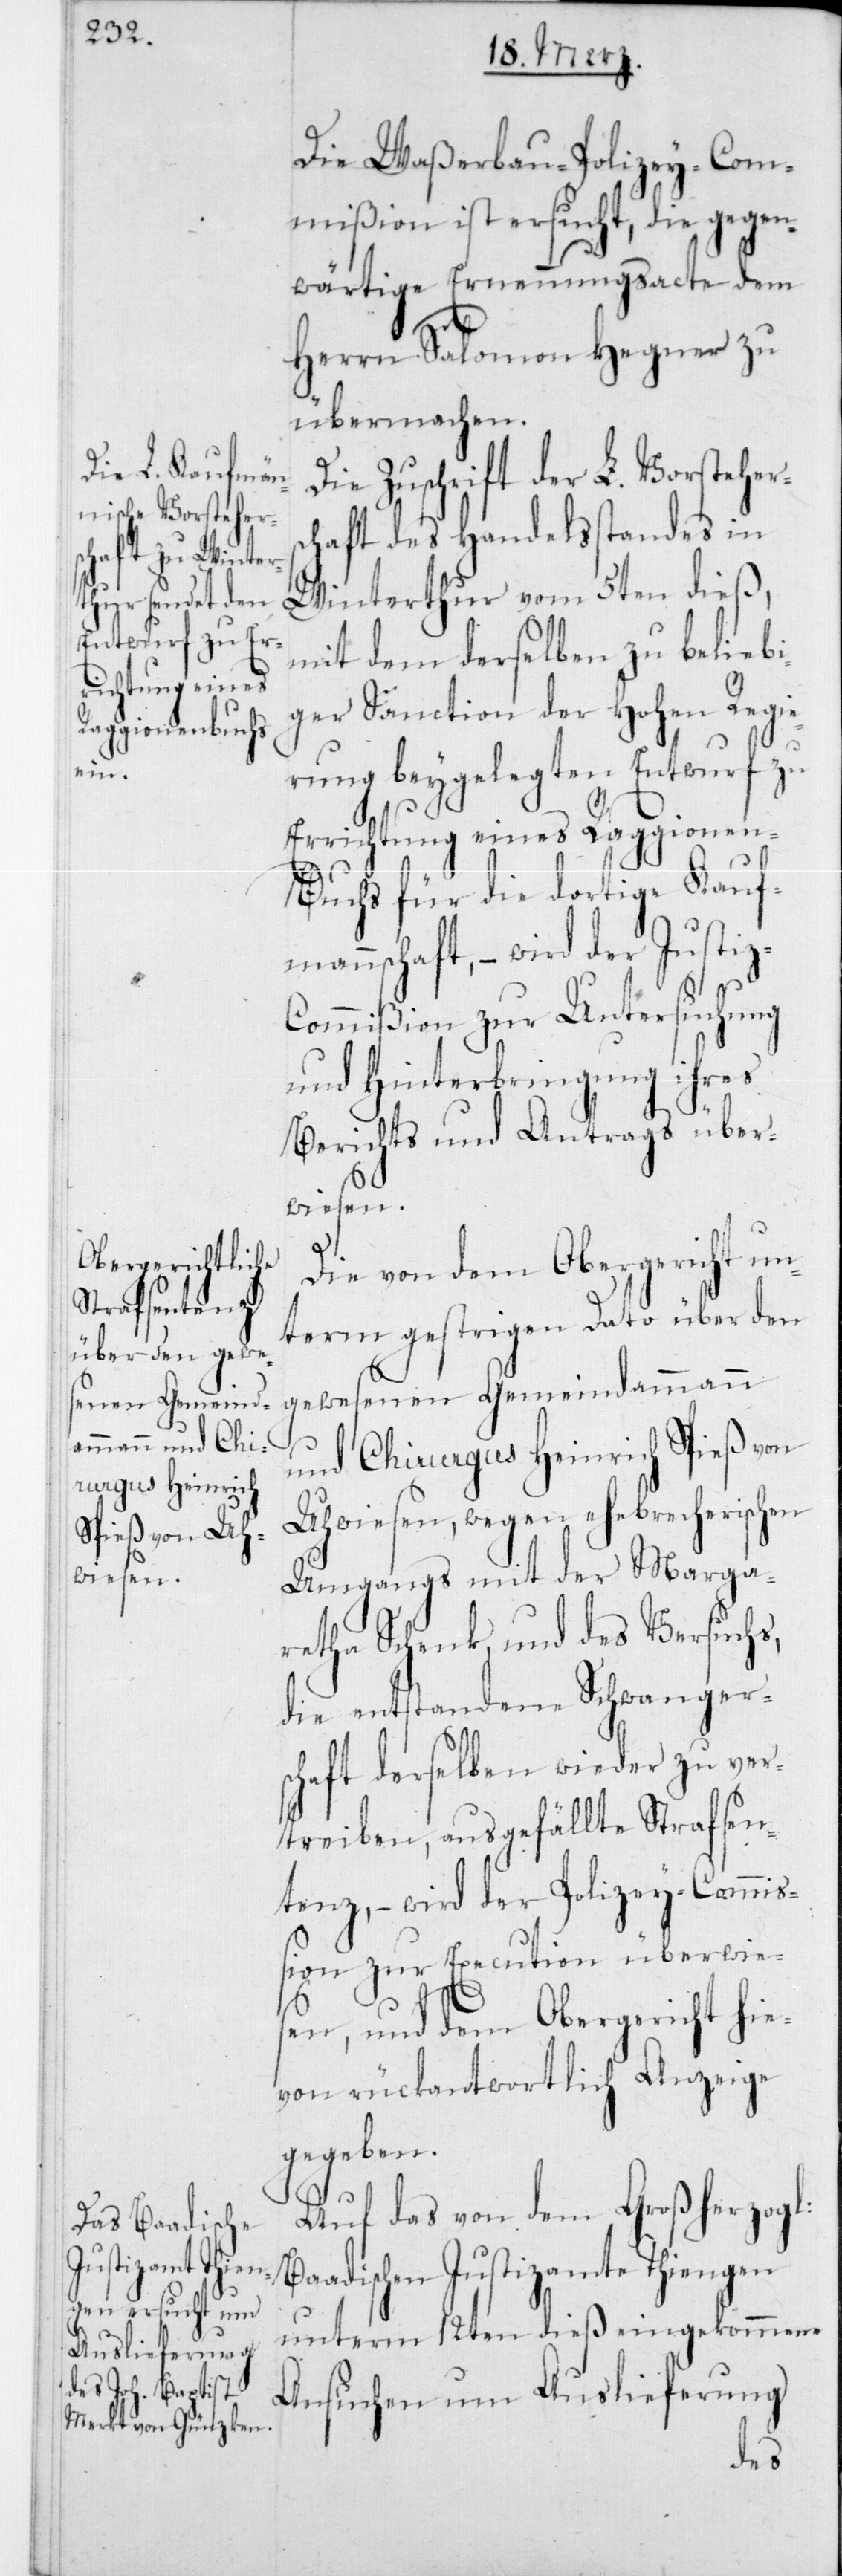
Die Waßerbau-Polizey-Com¬
mißion ist ersucht, die gegen¬
wärtige Ernennungsacte dem
Herrn Salomon Hegner zu
übermachen.
Die Zuschrift der L. Vorsteher¬
chaft des Handelsstandes in
Winterthur vom 5ten dieß,
mit dem derselben zu beliebi¬
ger Sanction der Hohen Regie¬
rung beigelegten Entwurf zu
Errichtung eines Raggionen-B¬
uchs für die dortige Kauf¬
mannschaft, – wird der Justi¬
s¬
z-Commißion zur Untersuchung
und Hinterbringung ihres
Berichts und Antrags über¬
wiesen.
Die von dem Obergericht un¬
term gestrigen Dato über den
gewesenen Gemeindammann
und Chirurgus Heinrich Spieß von
Uhwiesen, wegen ehebrecherischen
Umgangs mit der Marga¬
retha Schenk, und des Versuchs,
die entstandene Schwanger¬
schaft derselben wieder zu ver¬
treiben, ausgefällte Strafsen¬
tenz, – wird der Polizey-Commiß¬
ion zur Execution überwies¬
en, und dem Obergericht hie¬
von rückantwortlich Anzeige
gegeben.
Auf das von dem Großherzogl.
Baadischen Justizamte Thiengen
unterm 12ten dieß eingekommene
Ansuchen um Auslieferung